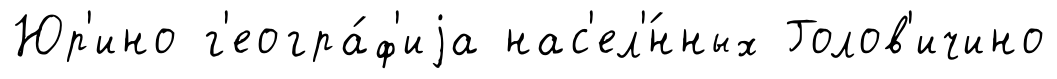
Юр'ино г'еогра́ф'иjа нас'ел'́нных Голов'ичино